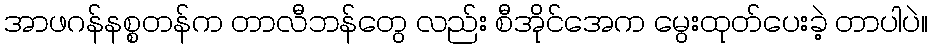
အာဖဂန်နစ္စတန်က တာလီဘန်တွေ လည်း စီအိုင်အေက မွေးထုတ်ပေးခဲ့ တာပါပဲ။